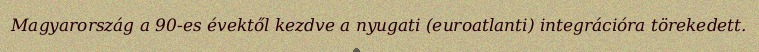
Magyarország a 90-es évektől kezdve a nyugati (euroatlanti) integrációra törekedett.